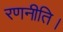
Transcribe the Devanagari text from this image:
रणनीति।